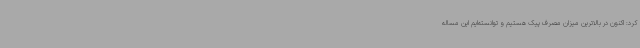
کرد: اکنون در بالاترین میزان مصرف پیک هستیم و توانسته‌ایم این مساله